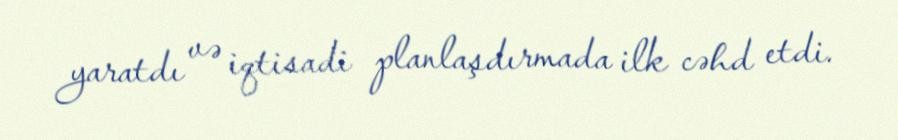
yaratdı və iqtisadi planlaşdırmada ilk cəhd etdi.